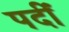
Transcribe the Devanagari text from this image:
पदीँ